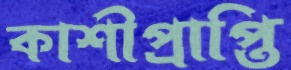
কাশীপ্রাপ্তি